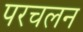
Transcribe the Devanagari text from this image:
परचलन